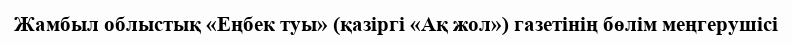
Жамбыл облыстық «Еңбек туы» (қазіргі «Ақ жол») газетінің бөлім меңгерушісі